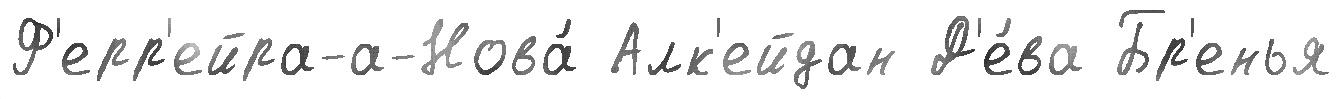
Ф'ерр'ейра-а-Нова́ Алк'ейдан Д'е́ва Бр'енья